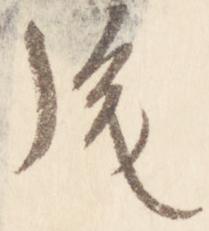
後